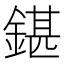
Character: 鍖